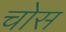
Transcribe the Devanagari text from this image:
चोस